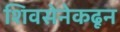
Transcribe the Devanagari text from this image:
शिवसेनेकढून